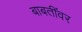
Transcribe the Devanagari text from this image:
बाबतींवर